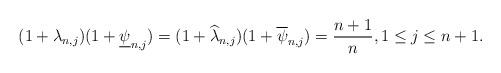
LaTeX: \begin{align*}(1+\lambda_{n,j})(1+\underline{\psi}_{n,j})=(1+\widehat{\lambda}_{n,j})(1+\overline{\psi}_{n,j})=\frac{n+1}{n}, 1\leq j\leq n+1.\end{align*}